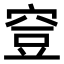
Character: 𥥷